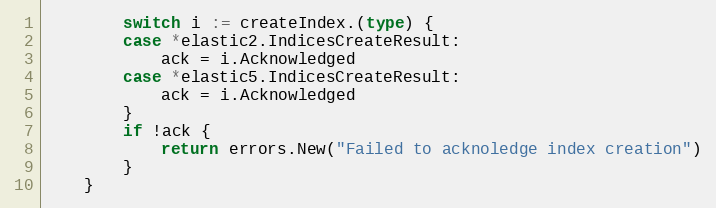
Language: Go
		switch i := createIndex.(type) {
		case *elastic2.IndicesCreateResult:
			ack = i.Acknowledged
		case *elastic5.IndicesCreateResult:
			ack = i.Acknowledged
		}
		if !ack {
			return errors.New("Failed to acknoledge index creation")
		}
	}